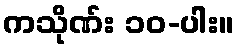
ကသိုဏ်း ၁၀-ပါး။